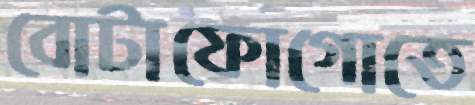
বোটাফোগোতে